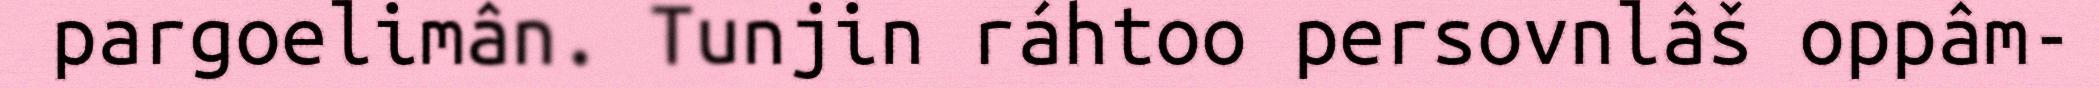
pargoelimân. Tunjin ráhtoo persovnlâš oppâm-